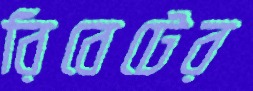
রিবেটের